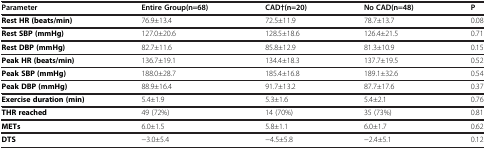
<table><thead><tr><td><b>Parameter</b></td><td><b>Entire Group(n=68)</b></td><td><b>CAD†(n=20)</b></td><td><b>No CAD(n=48)</b></td><td><b>P</b></td></tr></thead><tbody><tr><td><b>Rest HR (beats/min)</b></td><td>76.9±13.4</td><td>72.5±11.9</td><td>78.7±13.7</td><td>0.08</td></tr><tr><td><b>Rest SBP (mmHg)</b></td><td>127.0±20.6</td><td>128.5±18.6</td><td>126.4±21.5</td><td>0.71</td></tr><tr><td><b>Rest DBP (mmHg)</b></td><td>82.7±11.6</td><td>85.8±12.9</td><td>81.3±10.9</td><td>0.15</td></tr><tr><td><b>Peak HR (beats/min)</b></td><td>136.7±19.1</td><td>134.4±18.3</td><td>137.7±19.5</td><td>0.52</td></tr><tr><td><b>Peak SBP (mmHg)</b></td><td>188.0±28.7</td><td>185.4±16.8</td><td>189.1±32.6</td><td>0.54</td></tr><tr><td><b>Peak DBP (mmHg)</b></td><td>88.9±16.4</td><td>91.7±13.2</td><td>87.7±17.6</td><td>0.37</td></tr><tr><td><b>Exercise duration (min)</b></td><td>5.4±1.9</td><td>5.3±1.6</td><td>5.4±2.1</td><td>0.76</td></tr><tr><td><b>THR reached</b></td><td>49 (72%)</td><td>14 (70%)</td><td>35 (73%)</td><td>0.81</td></tr><tr><td><b>METs</b></td><td>6.0±1.5</td><td>5.8±1.1</td><td>6.0±1.7</td><td>0.62</td></tr><tr><td><b>DTS</b></td><td>−3.0±5.4</td><td>−4.5±5.8</td><td>−2.4±5.1</td><td>0.12</td></tr></tbody></table>